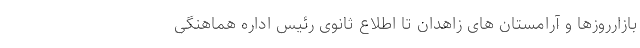
بازار‌روزها و آرامستان های زاهدان تا اطلاع ثانوی رئیس اداره هماهنگی